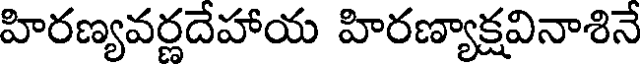
హిరణ్యవర్ణదేహాయ హిరణ్యాక్షవినాశినే